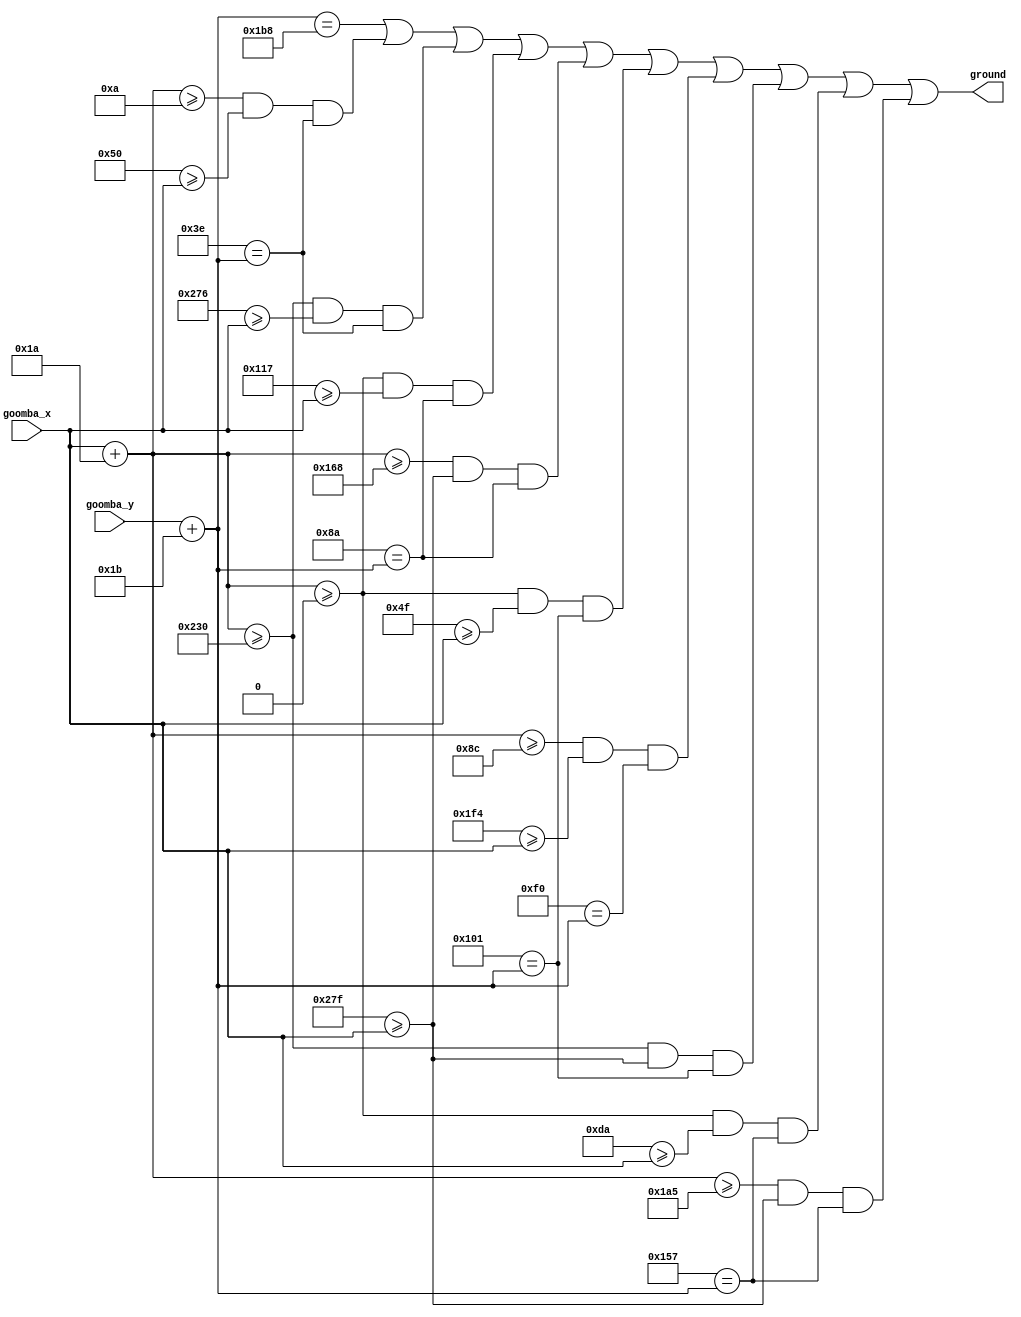
module goomba_bar_ground(
    output      ground ,
    input [9:0] goomba_x,
    input [9:0] goomba_y
);

// Define image width, height
parameter WIDTH = 26, HEIGHT = 27;

parameter REAL_GROUND = 440;

parameter PIPE_TOP_LEFT_left = 10, PIPE_TOP_LEFT_right = 80, PIPE_TOP_LEFT_high = 62;
parameter PIPE_TOP_RIGHT_left = 560, PIPE_TOP_RIGHT_right = 630, PIPE_TOP_RIGHT_high = 62;

parameter BAR_TOP_LEFT_left = 0, BAR_TOP_LEFT_right = 279, BAR_TOP_LEFT_high = 138;
parameter BAR_TOP_RIGHT_left = 360, BAR_TOP_RIGHT_right = 639, BAR_TOP_RIGHT_high = 138;

parameter BAR_MID_LEFT_left = 0, BAR_MID_LEFT_right = 79, BAR_MID_LEFT_high = 257;
parameter BAR_MID_MID_left = 140, BAR_MID_MID_right = 500, BAR_MID_MID_high = 240;
parameter BAR_MID_RIGHT_left = 560, BAR_MID_RIGHT_right = 639, BAR_MID_RIGHT_high = 257;

parameter BAR_BOTTOM_LEFT_left = 0, BAR_BOTTOM_LEFT_right = 218, BAR_BOTTOM_LEFT_high = 343;
parameter BAR_BOTTOM_RIGHT_left = 421, BAR_BOTTOM_RIGHT_right = 639, BAR_BOTTOM_RIGHT_high = 343;

// Varible left, top fixed right, bottom
wire [9:0] left, right;
wire [9:0] top, bottom;

assign left = goomba_x;
assign top = goomba_y;
assign right = left + WIDTH;
assign bottom = top + HEIGHT;

wire real_ground;
wire pipe_top_left, pipe_top_right;
wire bar_top_left, bar_top_right;
wire bar_mid_left, bar_mid_mid, bar_mid_right;
wire bar_bottom_left, bar_bottom_right;

assign real_ground = (bottom == REAL_GROUND);

assign pipe_top_left = (right >= PIPE_TOP_LEFT_left) && (PIPE_TOP_LEFT_right >= left) && (PIPE_TOP_LEFT_high == bottom);
assign pipe_top_right = (right >= PIPE_TOP_RIGHT_left) && (PIPE_TOP_RIGHT_right >= left) && (PIPE_TOP_RIGHT_high == bottom);

assign bar_top_left = (right >= BAR_TOP_LEFT_left) && (BAR_TOP_LEFT_right >= left) && (BAR_TOP_LEFT_high == bottom);
assign bar_top_right = (right >= BAR_TOP_RIGHT_left) && (BAR_TOP_RIGHT_right >= left) && (BAR_TOP_RIGHT_high == bottom);

assign bar_mid_left = (right >= BAR_MID_LEFT_left) && (BAR_MID_LEFT_right >= left) && (BAR_MID_LEFT_high == bottom);
assign bar_mid_mid = (right >= BAR_MID_MID_left) && (BAR_MID_MID_right >= left) && (BAR_MID_MID_high == bottom);
assign bar_mid_right = (right >= BAR_MID_RIGHT_left) && (BAR_MID_RIGHT_right >= left) && (BAR_MID_RIGHT_high == bottom);

assign bar_bottom_left = (right >= BAR_BOTTOM_LEFT_left) && (BAR_BOTTOM_LEFT_right >= left) && (BAR_BOTTOM_LEFT_high == bottom);
assign bar_bottom_right = (right >= BAR_BOTTOM_RIGHT_left) && (BAR_BOTTOM_RIGHT_right >= left) && (BAR_BOTTOM_RIGHT_high == bottom);

assign ground = real_ground 
             || pipe_top_left || pipe_top_right
             || bar_top_left || bar_top_right 
             || bar_mid_left || bar_mid_mid || bar_mid_right
             || bar_bottom_left || bar_bottom_right;

endmodule